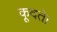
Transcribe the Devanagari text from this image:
कूदते।